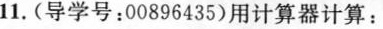
11.(导学号：00896435)用计算器计算：